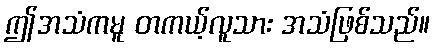
ဤအသံကမူ တကယ့်လူသား အသံဖြစ်သည်။